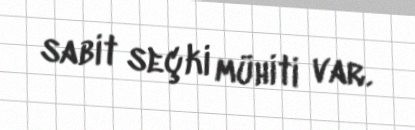
sabit seçki mühiti var.